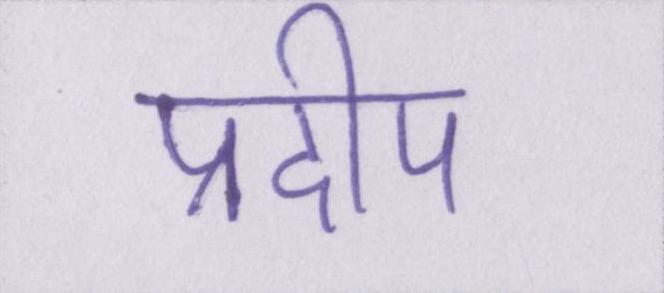
प्रदीप